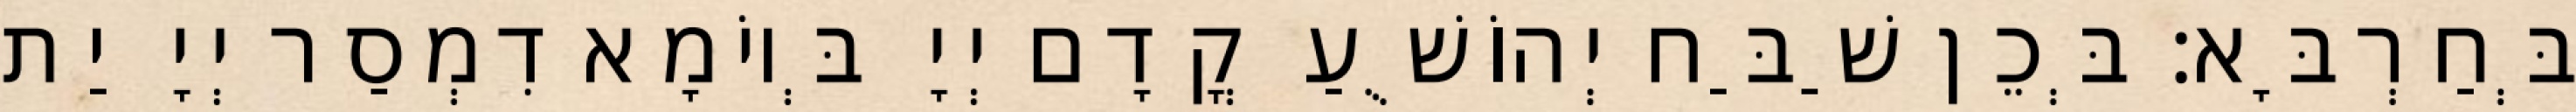
בְּחַרְבָּא׃ בְּכֵן שַׁבַּח יְהוֹשֻׁעַ קֳדָם יְיָ בְּיוֹמָא דִמְסַר יְיָ יַת